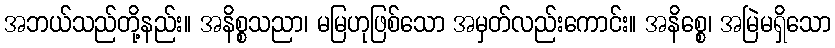
အဘယ်သည်တို့နည်း။ အနိစ္စသညာ၊ မမြဟုဖြစ်သော အမှတ်လည်းကောင်း။ အနိစ္စေ၊ အမြဲမရှိသော